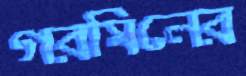
গরমিলের